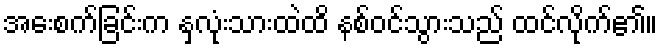
အေးစက်ခြင်းက နှလုံးသားထဲထိ နစ်ဝင်သွားသည် ထင်လိုက်၏။